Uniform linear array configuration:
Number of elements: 16
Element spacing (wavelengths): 0.75
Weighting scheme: hann
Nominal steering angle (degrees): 60
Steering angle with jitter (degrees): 59.916
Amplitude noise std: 0.05
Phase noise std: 0.05

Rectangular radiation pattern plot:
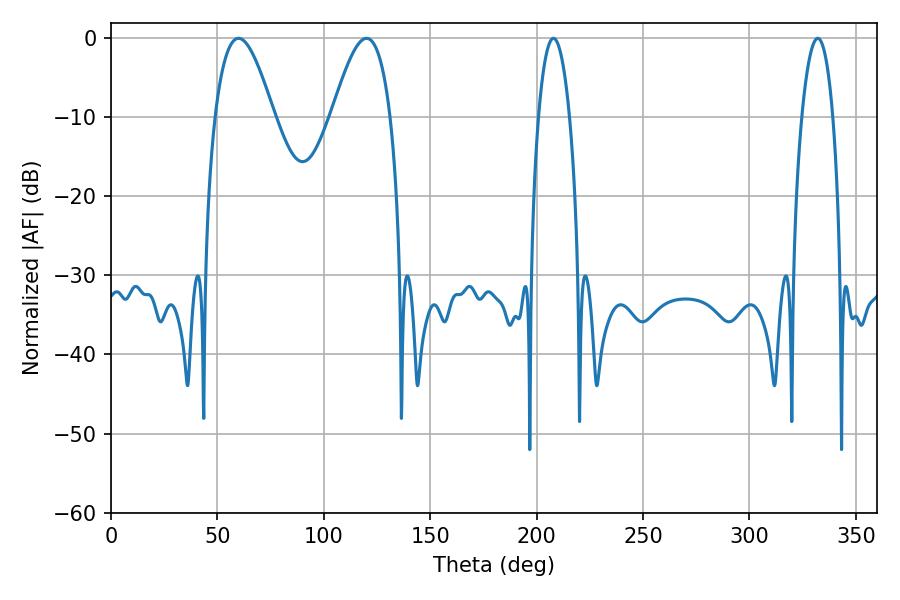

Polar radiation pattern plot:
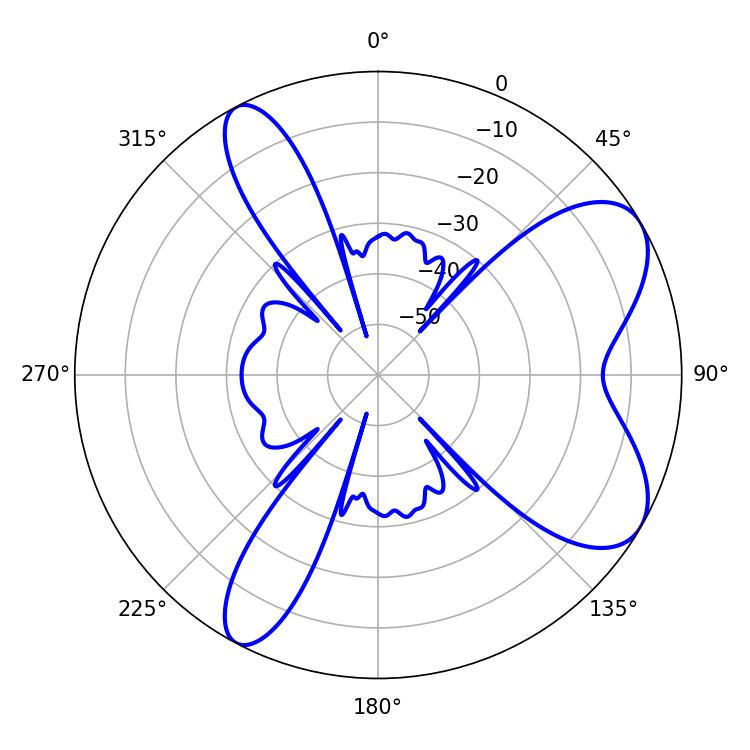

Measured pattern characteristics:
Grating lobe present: TRUE
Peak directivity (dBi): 7.396
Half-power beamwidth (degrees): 8.1
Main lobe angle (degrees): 207.9